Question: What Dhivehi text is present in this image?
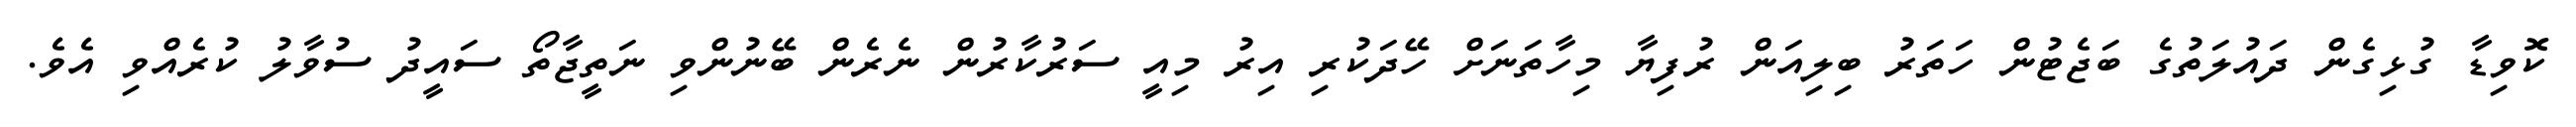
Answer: ކޮވިޑާ ގުޅިގެން ދައުލަތުގެ ބަޖެޓުން ހަތަރު ބިލިއަން ރުފިޔާ މިހާތަނަށް ހޭދަކުރި އިރު މިއީ ސަރުކާރުން ނެރެން ބޭނުންވި ނަތީޖާތޯ ސައީދު ސުވާލު ކުރެއްވި އެވެ.